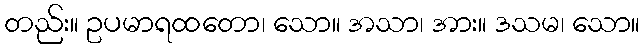
တည်း။ ဥပမာရထတော၊ သော။ အသာ၊ အား။ ဒသမ၊ သော။